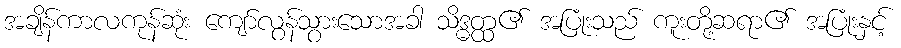
အချိန်ကာလကုန်ဆုံး ကျော်လွန်သွားသောအခါ သိဒ္ဓတ္ထ၏ အပြုံးသည် ကူးတို့ဆရာ၏ အပြုံးနှင့်